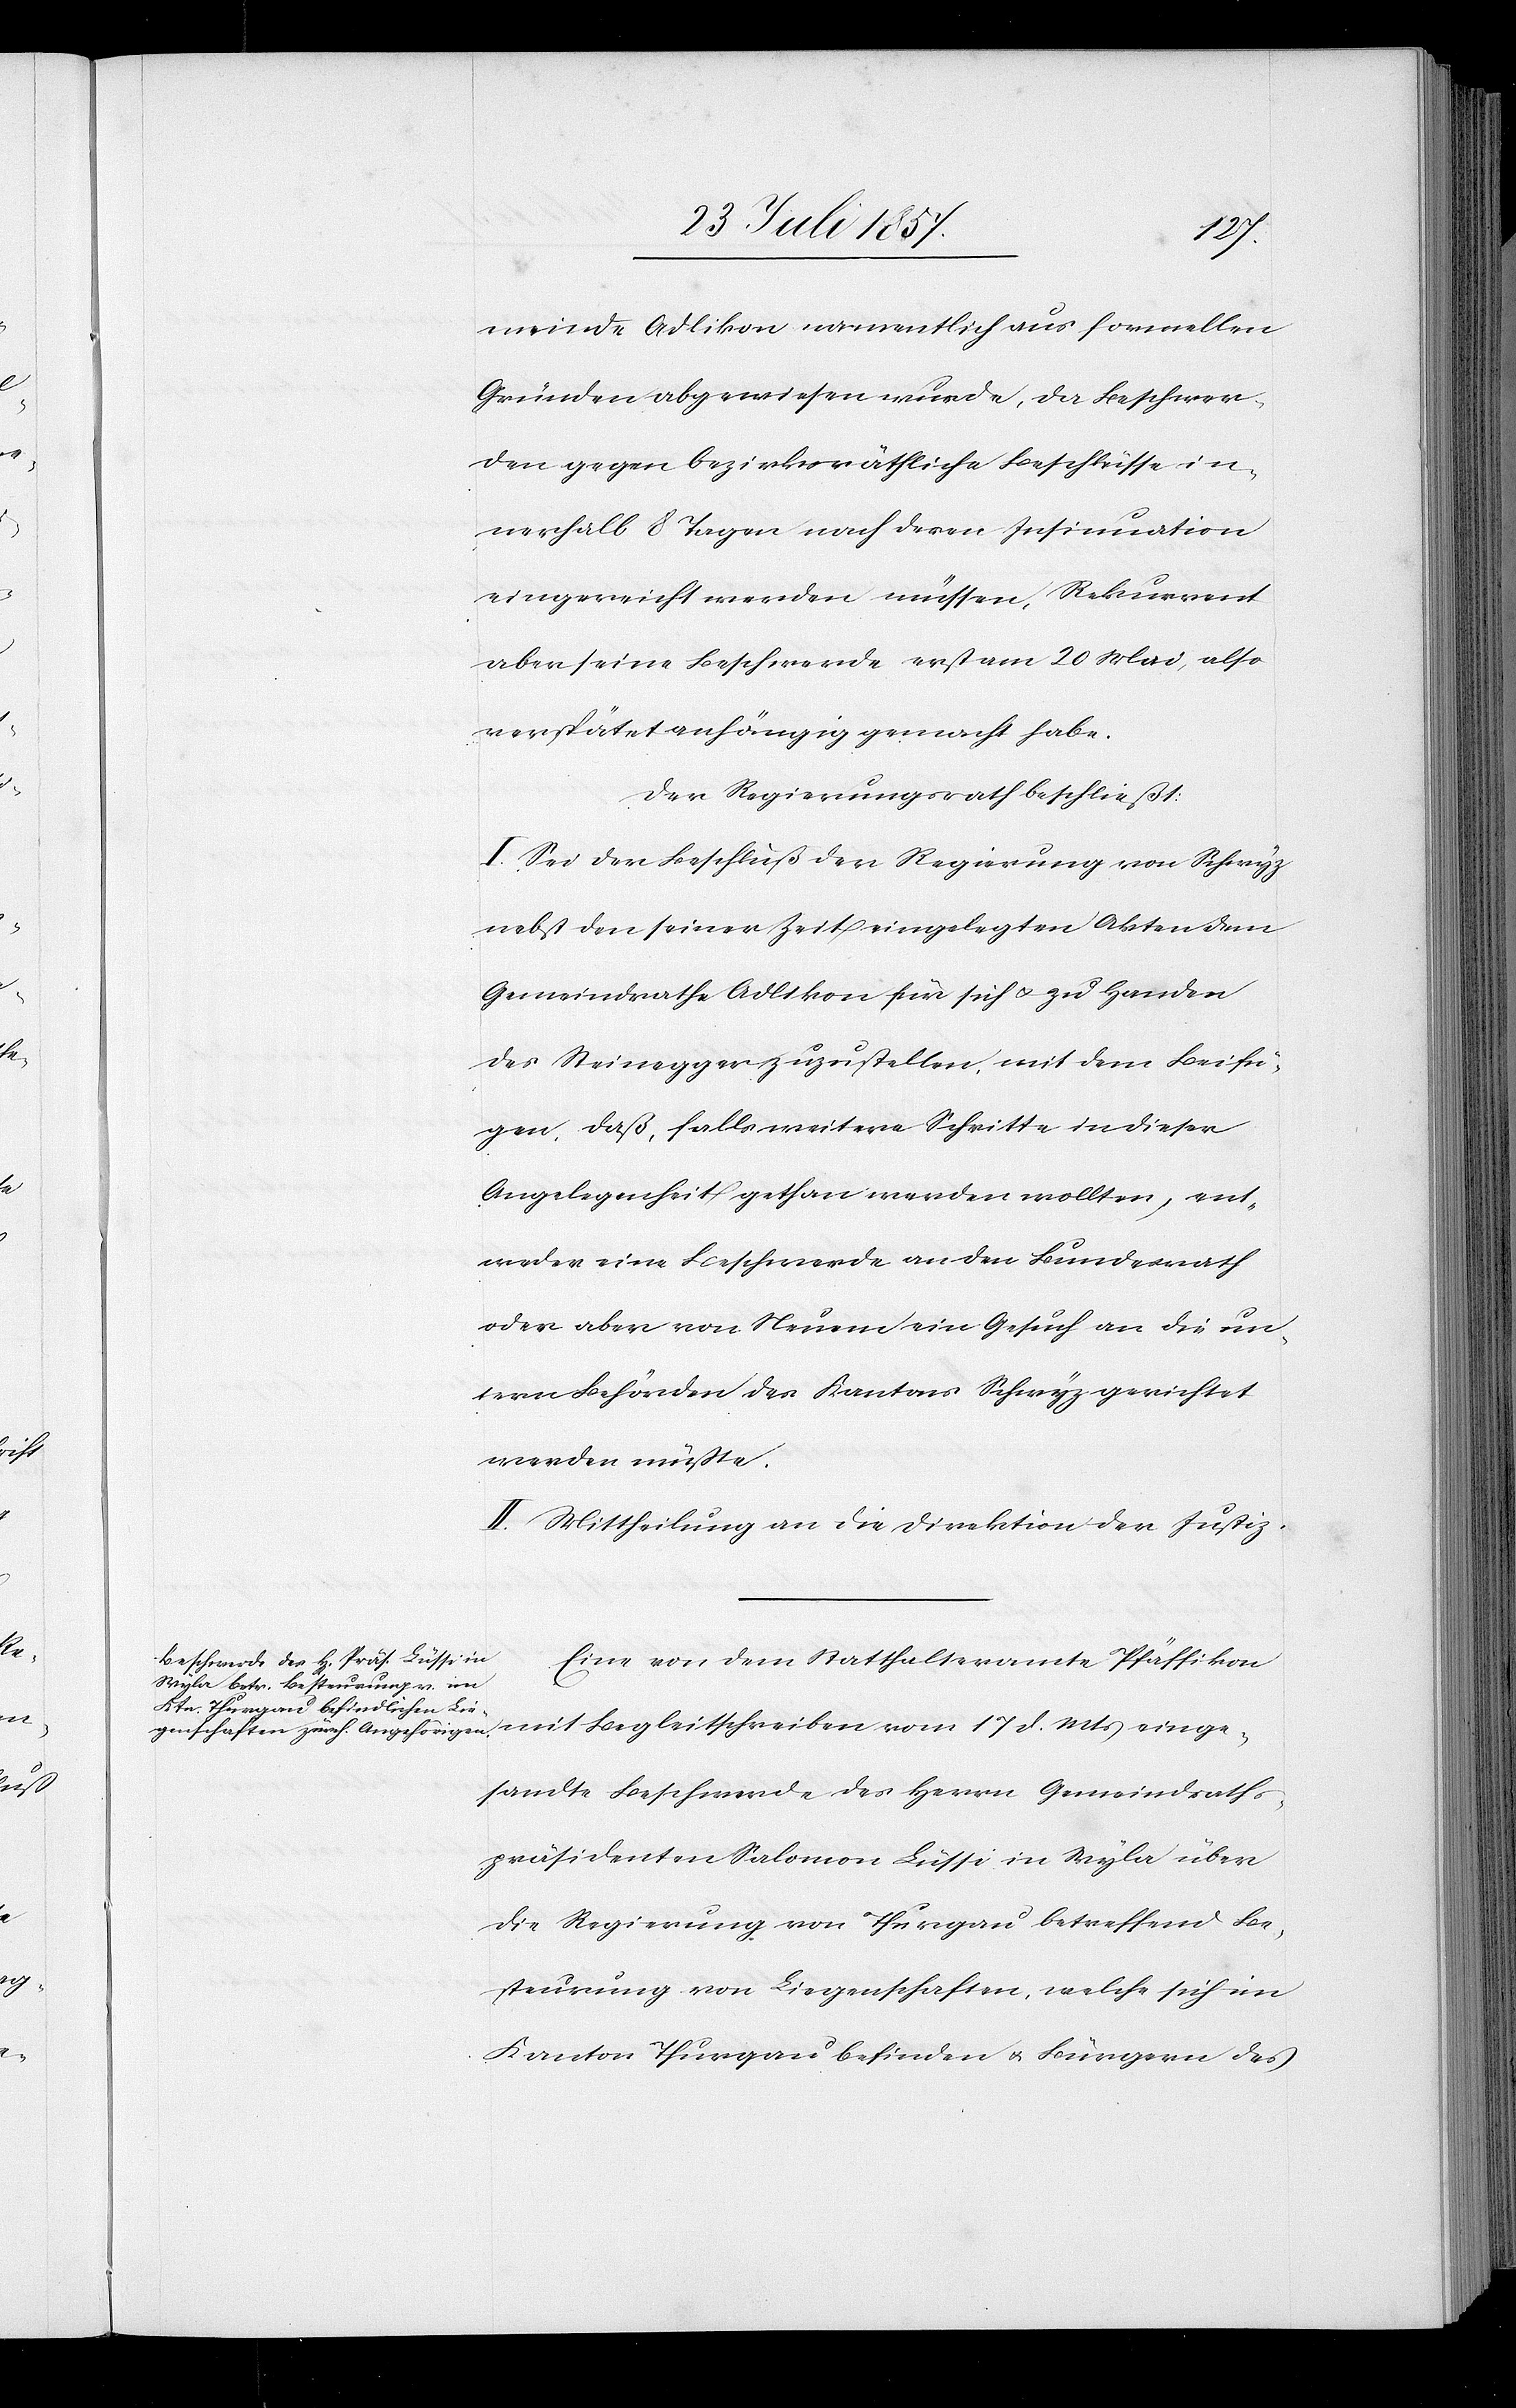
einge¬
meinde Adlikon namentlich aus formellen
Gründen abgewiesen wurde, da Beschwer¬
den gegen bezirksräthliche Beschlüsse in¬
nerhalb 8 Tagen nach deren Insinuation
eingereicht werden müssen, Rekurrent
aber seine Beschwerde erst am 20 Mai, also
verspätet anhängig gemacht habe.
Der Regierungsrath beschließt:
I. Sei der Beschluß der Regierung von Schwyz
nebst den seiner Zeit eingelegten Akten dem
Gemeindrathe Adlikon für sich & zu Handen
des Steinegger zuzustellen, mit dem Beifü¬
gen, daß, falls weitere Schritte in dieser
Angelegenheit gethan werden wollten, ent¬
weder eine Beschwerde an den Bundesrath
oder aber von Neuem ein Gesuch an die un¬
tern Behörden des Kantons Schwyz gerichtet
werden müsse.
II. Mittheilung an die Direktion der Justiz.
Eine von dem Statthalteramte Pfäffikon
sandte Beschwerde des Herrn Gemeindraths¬
präsidenten Salomon Lüssi in Wyla über
die Regierung von Thurgau betreffend Be¬
steurung von Liegenschaften, welche sich im
Kanton Thurgau befinden & Bürgern des